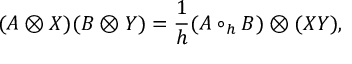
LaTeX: ( A \otimes X ) ( B \otimes Y ) = \frac { 1 } { h } ( A \circ _ { h } B ) \otimes ( X Y ) ,